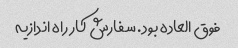
فوق العاده بود. سفارش کار راه اندازیه